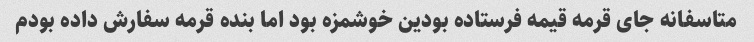
متاسفانه جای قرمه قیمه فرستاده بودین خوشمزه بود اما بنده قرمه سفارش داده بودم